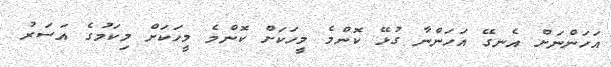
އަހަންނަށް އެނގޭ އަހަންނާ ގުޅޭ ކޮންމެ މީހަކަށް ކޮންމެ މީހަކަށް މިކަމުގެ އަސަރު